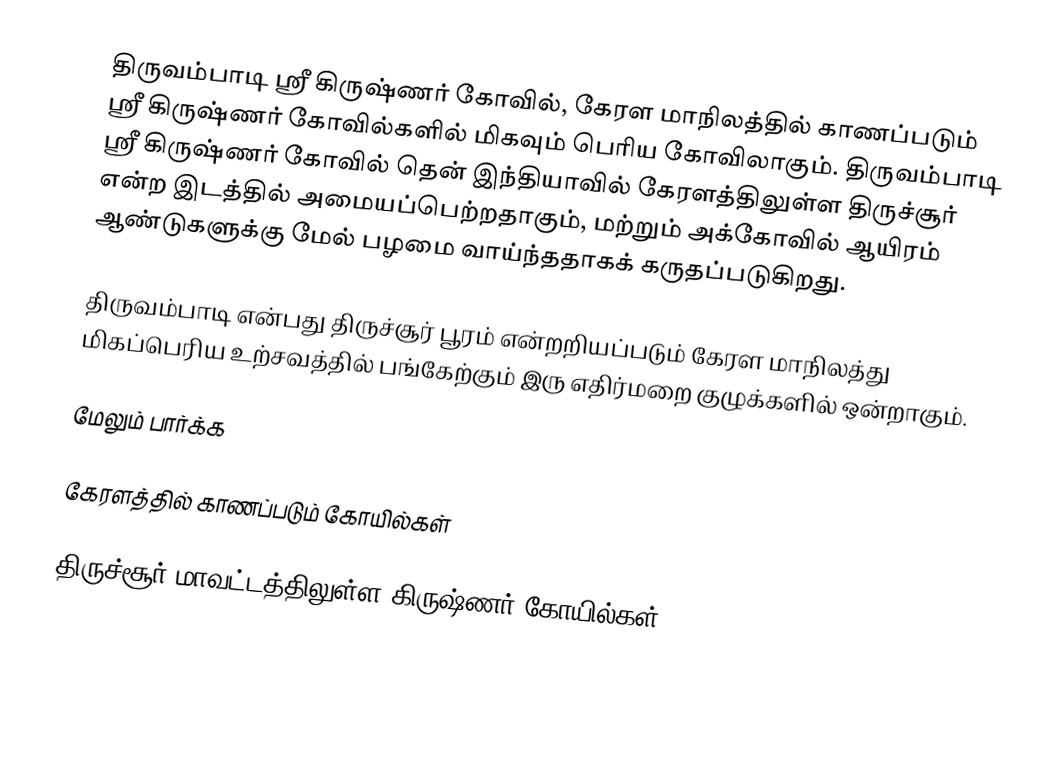
திருவம்பாடி ஸ்ரீ கிருஷ்ணர் கோவில், கேரள மாநிலத்தில் காணப்படும் ஸ்ரீ கிருஷ்ணர் கோவில்களில் மிகவும் பெரிய கோவிலாகும். திருவம்பாடி ஸ்ரீ கிருஷ்ணர் கோவில் தென் இந்தியாவில் கேரளத்திலுள்ள திருச்சூர் என்ற இடத்தில் அமையப்பெற்றதாகும், மற்றும் அக்கோவில் ஆயிரம் ஆண்டுகளுக்கு மேல் பழமை வாய்ந்ததாகக் கருதப்படுகிறது.

திருவம்பாடி என்பது திருச்சூர் பூரம் என்றறியப்படும் கேரள மாநிலத்து மிகப்பெரிய உற்சவத்தில் பங்கேற்கும் இரு எதிர்மறை குழுக்களில் ஒன்றாகும்.

மேலும் பார்க்க

 கேரளத்தில் காணப்படும் கோயில்கள்

திருச்சூர் மாவட்டத்திலுள்ள கிருஷ்ணர் கோயில்கள்